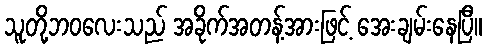
သူတို့ဘဝလေးသည် အခိုက်အတန့်အားဖြင့် အေးချမ်းနေပြီ။